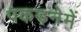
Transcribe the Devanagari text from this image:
पकड़नेमें